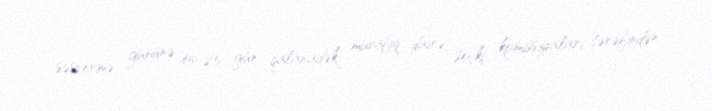
səsvermə gününə 45–25 gün qalanadək müvafiq dairə seçki komissiyaları tərəfindən